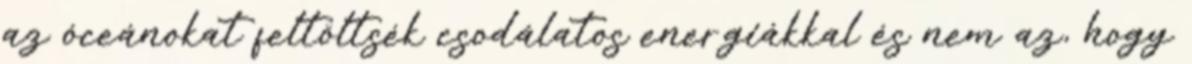
az óceánokat feltöltsék csodálatos energiákkal és nem az, hogy